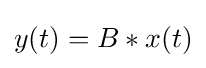
y(t)=B*x(t)